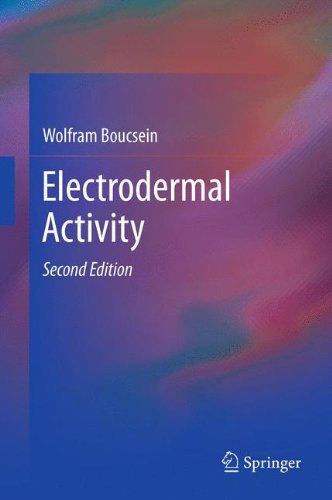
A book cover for Electrodermal Activity; Wolfram Boucsein; Medical Books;